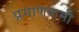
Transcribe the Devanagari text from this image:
प्रमाणकमी